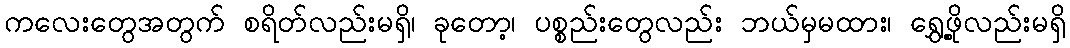
ကလေးတွေအတွက် စရိတ်လည်းမရှိ၊ ခုတော့၊ ပစ္စည်းတွေလည်း ဘယ်မှမထား၊ ရွှေ့ဖို့လည်းမရှိ